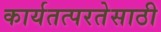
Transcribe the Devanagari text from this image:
कार्यतत्परतेसाठी